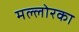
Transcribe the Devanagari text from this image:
मल्लोरका